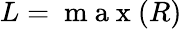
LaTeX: L=\mathrm{~m~a~x~}(R)